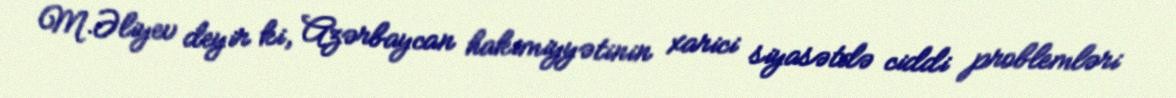
M.Əliyev deyir ki, Azərbaycan hakimiyyətinin xarici siyasətdə ciddi problemləri